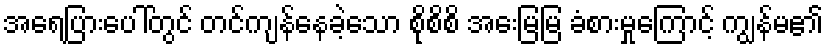
အရေပြားပေါ်တွင် တင်ကျန်နေခဲ့သော စိုစိစိ အေးမြမြ ခံစားမှုကြောင့် ကျွန်မ၏